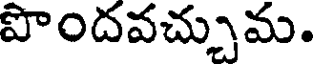
పొందవచ్చుమ.